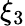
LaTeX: \xi_{3}